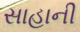
સાહાની